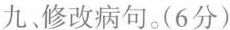
九修改病句。(6分)